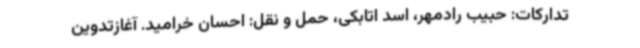
تدارکات: حبیب رادمهر، اسد اتابکی، حمل و نقل: احسان خرامید. آغازتدوین